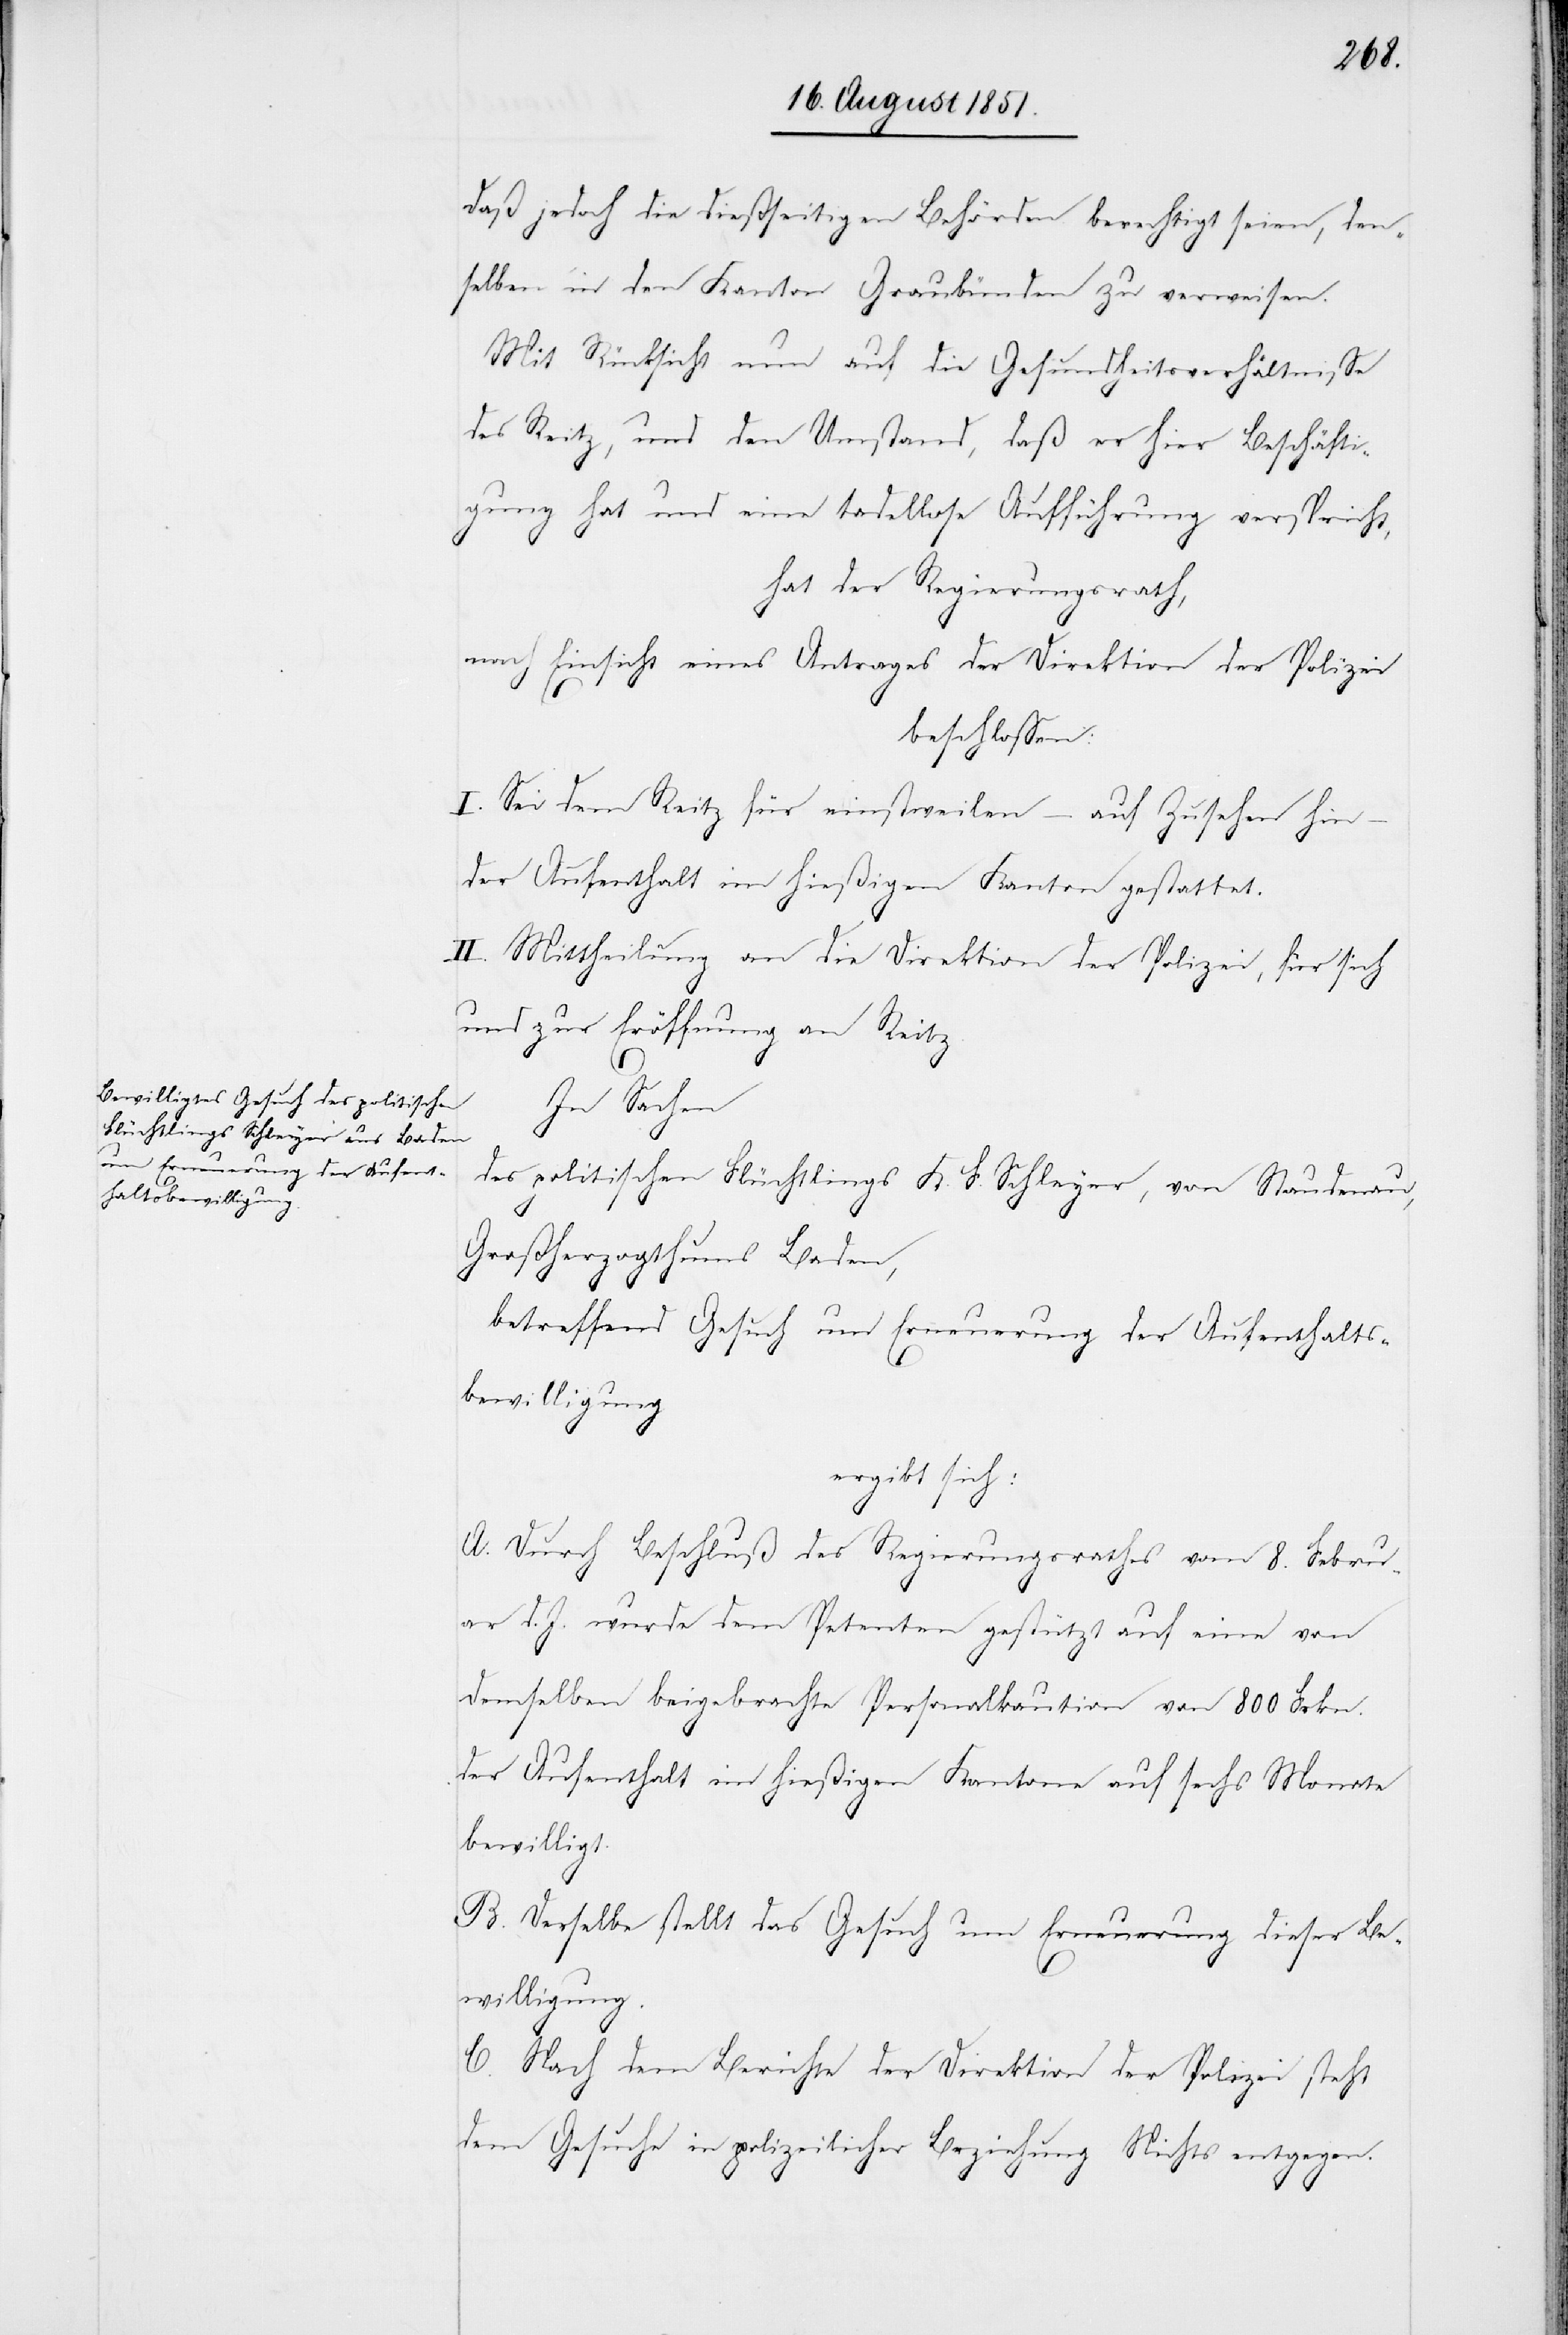
daß jedoch die dießseitigen Behörden berechtigt seien, den¬
selben in den Kanton Graubünden zu verweisen.
Mit Rücksicht nun auf die Gesundheitsverhältnisse
des Reitz, und den Umstand, daß er hier Beschäfti¬
gung hat und eine tadellose Aufführung verspricht,
hat der Regierungsrath,
nach Einsicht eines Antrages der Direktion der Polizei
beschlossen:
I. Sei dem Reitz für einstweilen – auf Zusehen hin
–
der Aufenthalt im hießigen Kanton gestattet.
II. Mittheilung an die Direktion der Polizei, für sich
und zur Eröffnung an Reitz.
In Sachen
des politischen Flüchtlings K. F. Schleyer, von Staudenau,
Großherzogthums Baden,
betreffend Gesuch um Erneuerung der Aufenthalts¬
bewilligung
ergibt sich:
A. Durch Beschluß des Regierungsrathes vom 8. Febru¬
ar d. J. wurde dem Petenten gestützt auf eine von
Demselben beigebrachte Personalkaution von 800 Frkn.
der Aufenthalt im hießigen Kantone auf sechs Monate
bewilligt.
B. Derselbe stellt das Gesuch um Erneuerung dieser Be¬
willigung.
C. Nach dem Berichte der Direktion der Polizei steht
dem Gesuche in polizeilicher Beziehung Nichts entgegen.